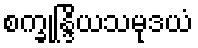
စက္ခုန္ဒြိယသမုဒယံ